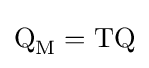
{\textrm {Q}}_{\textrm {M}}={\textrm {TQ}}